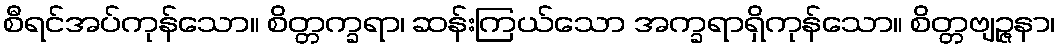
စီရင်အပ်ကုန်သော။ စိတ္တက္ခရာ၊ ဆန်းကြယ်သော အက္ခရာရှိကုန်သော။ စိတ္တဗျဉ္ဇနာ၊